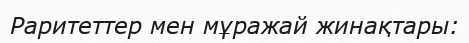
Раритеттер мен мұражай жинақтары: